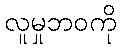
လူမှုဘဝကို